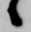
候